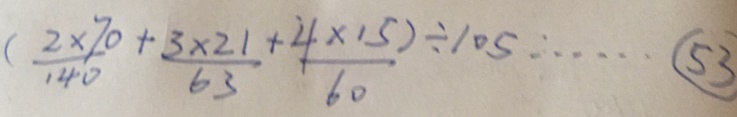
( \frac { 2 \times 7 0 } { 1 4 0 } + \frac { 3 \times 2 1 } { 6 3 } + \frac { 4 \times 1 5 } { 6 0 } ) \div 1 0 5 \cdots \textcircled { 5 3 }